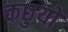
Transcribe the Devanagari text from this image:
कछुयों